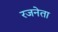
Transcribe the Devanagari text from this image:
रजनेता